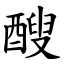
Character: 醙